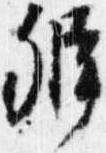
弁